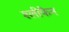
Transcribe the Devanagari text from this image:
श्लीफेन